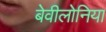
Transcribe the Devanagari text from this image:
बेवीलोनिया